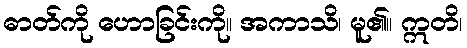
ဓာတ်ကို ဟောခြင်းကို။ အကာသိ၊ မူ၏။ ဣတိ၊